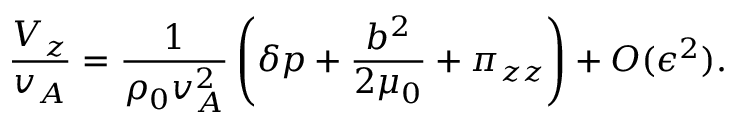
\frac { V _ { z } } { v _ { A } } = \frac { 1 } { \rho _ { 0 } v _ { A } ^ { 2 } } \left( \delta p + \frac { b ^ { 2 } } { 2 \mu _ { 0 } } + \pi _ { z z } \right) + O ( \epsilon ^ { 2 } ) .